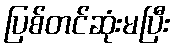
ပြစ်တင်ဆုံးမပြီး